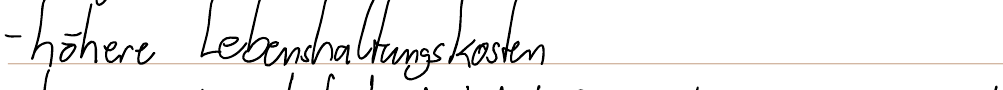
- höhere Lebenshaltungskosten